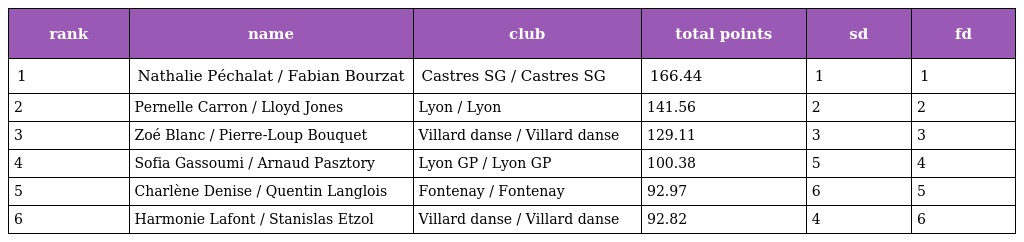
| rank | name | club | total points | sd | fd |
 | --- | --- | --- | --- | --- | --- |
 | 1 | Nathalie Péchalat / Fabian Bourzat | Castres SG / Castres SG | 166.44 | 1 | 1 |
 | 2 | Pernelle Carron / Lloyd Jones | Lyon / Lyon | 141.56 | 2 | 2 |
 | 3 | Zoé Blanc / Pierre-Loup Bouquet | Villard danse / Villard danse | 129.11 | 3 | 3 |
 | 4 | Sofia Gassoumi / Arnaud Pasztory | Lyon GP / Lyon GP | 100.38 | 5 | 4 |
 | 5 | Charlène Denise / Quentin Langlois | Fontenay / Fontenay | 92.97 | 6 | 5 |
 | 6 | Harmonie Lafont / Stanislas Etzol | Villard danse / Villard danse | 92.82 | 4 | 6 |